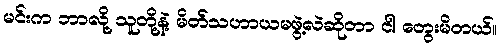
မင်းက ဘာလို့ သူတို့နဲ့ မိတ်သဟာယမဖွဲ့လဲဆိုတာ ငါ တွေးမိတယ်။